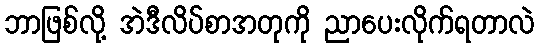
ဘာဖြစ်လို့ အဲဒီလိပ်စာအတုကို ညာပေးလိုက်ရတာလဲ